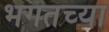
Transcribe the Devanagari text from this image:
भगतच्या